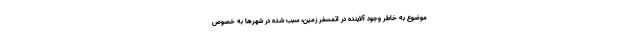
موضوع به خاطر وجود آلاینده در اتمسفر زمین، سبب شده در شهرها به خصوص